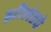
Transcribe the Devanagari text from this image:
झीलंडचे